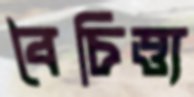
বৈচিত্ত্য